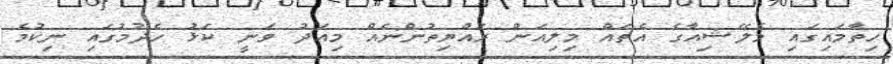
ހިތާމައިގައި މެލޭޝިއާގެ އެތައް މިލިއަން ރައްޔިތުންނެއް މިއަދު ވަނީ ކަޅު ހެދުމުގައި ނިކުމެ